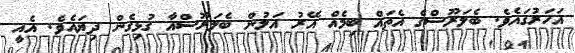
އަހަރުގައެވެ. ބެލަރޫސްގެ އެތައް ބިމެއް އޭރު އަލުން ބެލަރޫސްއާ ގުޅިގެން ދިޔައެވެ. އެއީ